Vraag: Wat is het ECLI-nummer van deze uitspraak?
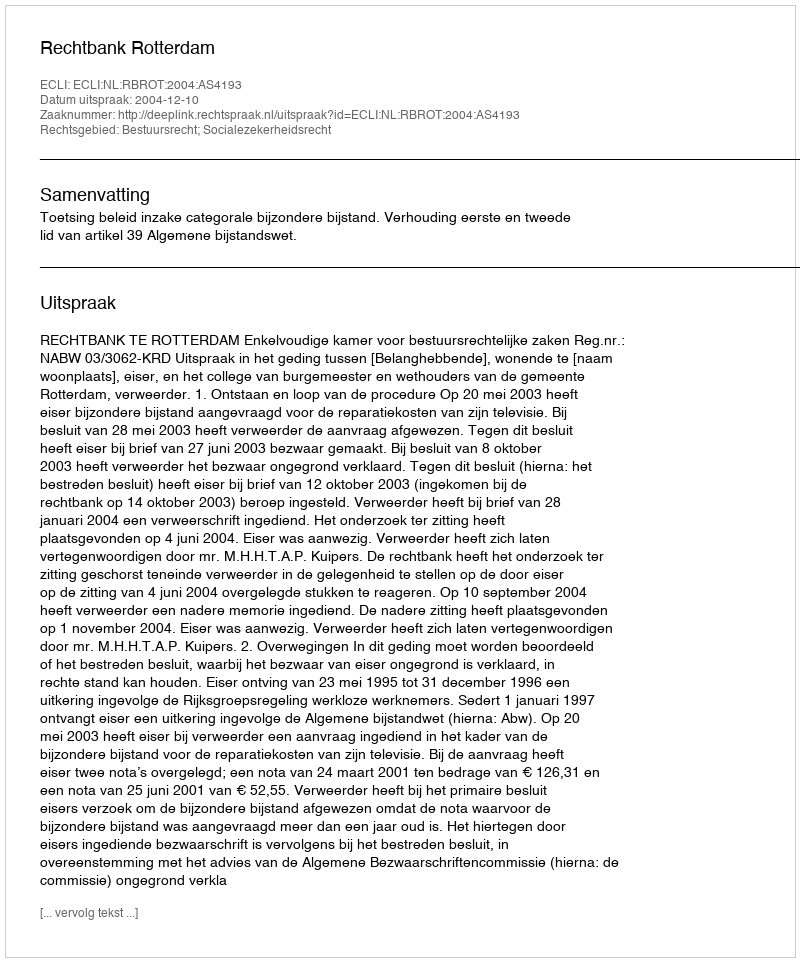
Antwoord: ECLI:NL:RBROT:2004:AS4193